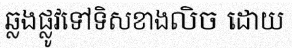
ឆ្លងផ្លូវទៅទិសខាងលិច ដោយ